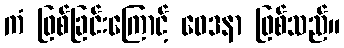
ကံ ဖြစ်ခြင်းကြောင့် ဝေဒနာ ဖြစ်သည်။